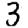
Digit: 3